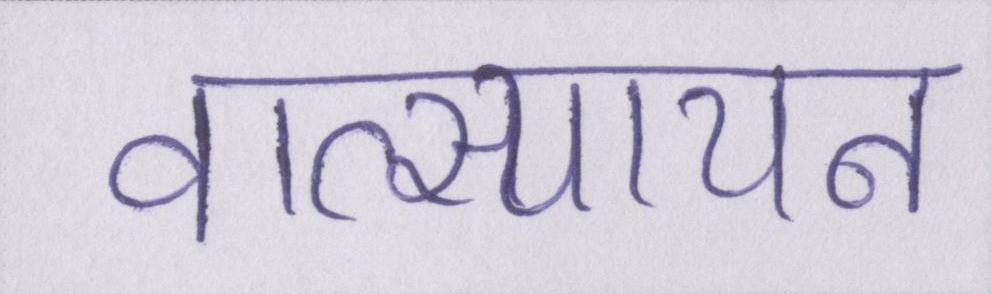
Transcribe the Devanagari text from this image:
वात्स्यायन